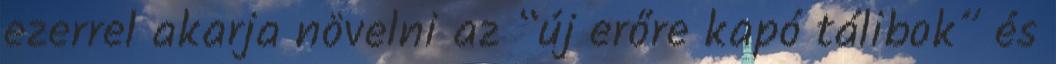
ezerrel akarja növelni az “új erőre kapó tálibok” és